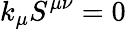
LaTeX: k_{\mu}S^{\mu\nu}=0